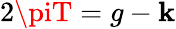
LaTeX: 2\piT=g-\mathbf{k}